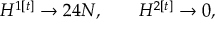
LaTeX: H ^ { 1 [ t ] } \rightarrow 2 4 N , \qquad H ^ { 2 [ t ] } \rightarrow 0 ,